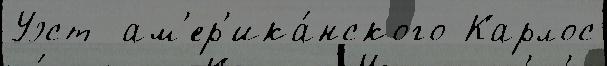
Уэст  ам'ер'ика́нского Карлос